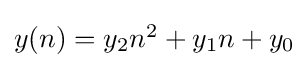
{\textstyle y(n)=y_{2}n^{2}+y_{1}n+y_{0}}